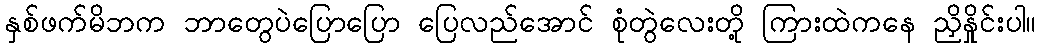
နှစ်ဖက်မိဘက ဘာတွေပဲပြောပြော ပြေလည်အောင် စုံတွဲလေးတို့ ကြားထဲကနေ ညှိနှိုင်းပါ။